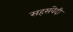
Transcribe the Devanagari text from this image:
सहसंवेदी